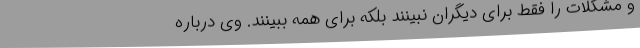
و مشکلات را فقط برای دیگران نبینند بلکه برای همه ببینند. وی درباره